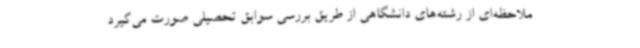
ملاحظه‌ای از رشته‌های دانشگاهی از طریق بررسی سوابق تحصیلی صورت می‌گیرد